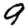
Digit: 9